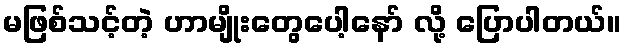
မဖြစ်သင့်တဲ့ ဟာမျိုးတွေပေါ့နော် လို့ ပြောပါတယ်။